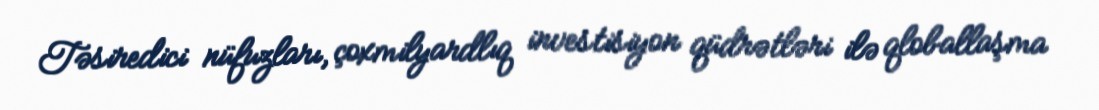
Təsiredici nüfuzları, çoxmilyardlıq investisiyon qüdrətləri ilə qloballaşma